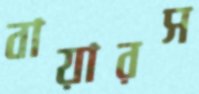
বায়ারস